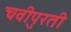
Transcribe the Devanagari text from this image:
चवीपुरती